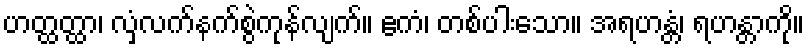
ဟတ္ထတ္ထာ၊ လှံလက်နက်စွဲကုန်လျက်။ ဧကံ၊ တစ်ပါးသော။ အရဟန္တံ၊ ရဟန္တာကို။